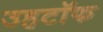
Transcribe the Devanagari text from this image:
उहटॉफ